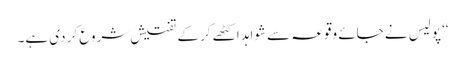
‘‘ پولیس نے جائے وقوعہ سے شواہد اکٹھے کر کے تفتیش شروع کر دی ہے۔